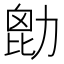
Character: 㔡